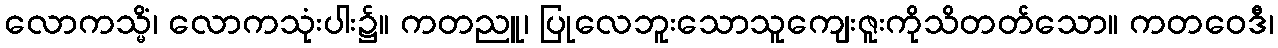
လောကသ္မိံ၊ လောကသုံးပါး၌။ ကတညူ၊ ပြုလေဘူးသောသူကျေးဇူးကိုသိတတ်သော။ ကတဝေဒီ၊